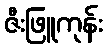
ဇီးဖြူကုန်း